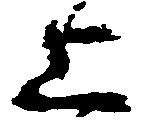
上